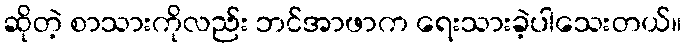
ဆိုတဲ့ စာသားကိုလည်း ဘင်အာဖာက ရေးသားခဲ့ပါသေးတယ်။